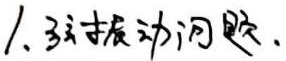
1. 弦振动问题.